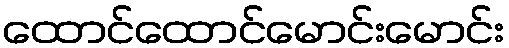
ထောင်ထောင်မောင်းမောင်း